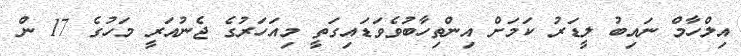
އިލްހާމް ނައިބު ލީޑަރު ކަމަށް އިންތިހާބުވެވަޑައިގަތީ މިއަހަރުގެ ޖެނުއަރީ މަހުގެ 17 ން